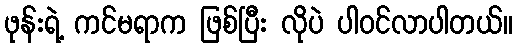
ဖုန်းရဲ့ ကင်မရာက ဖြစ်ပြီး လိုပဲ ပါဝင်လာပါတယ်။